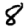
Digit: 8